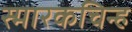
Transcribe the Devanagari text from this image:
स्मारकचिन्ह